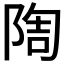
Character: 𨺃